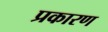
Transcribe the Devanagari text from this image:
प्रकारण